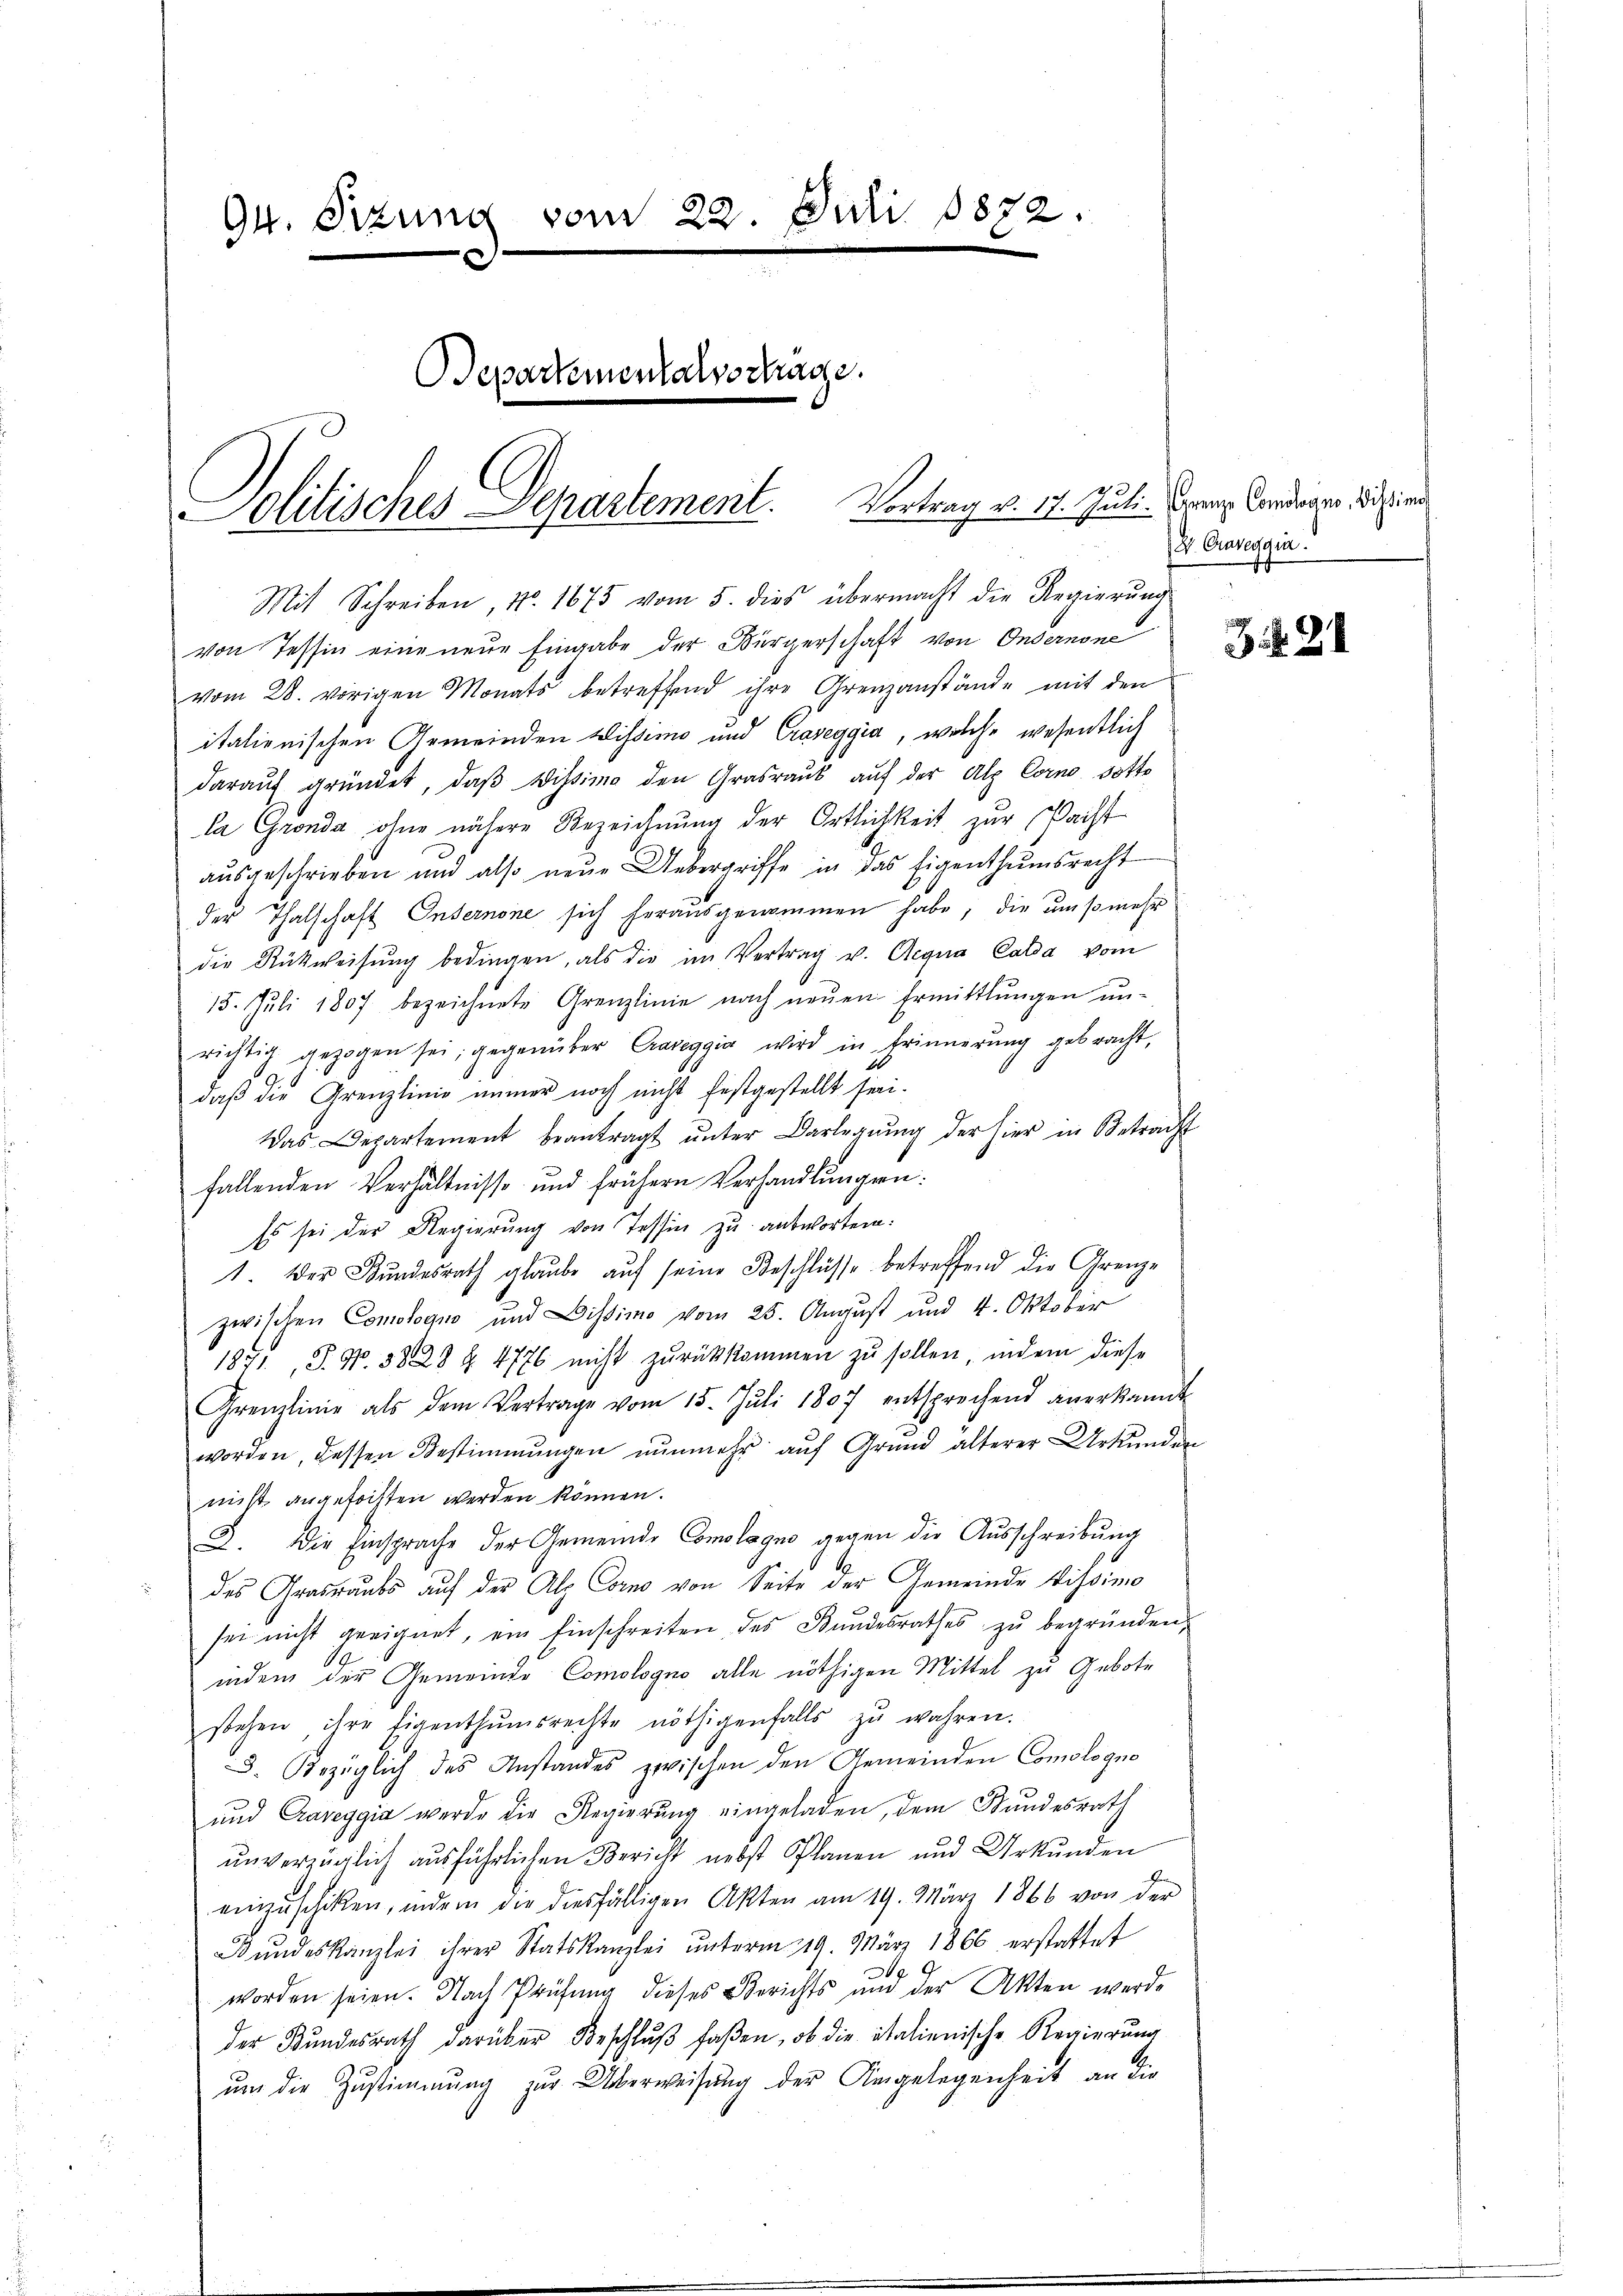
94. Sizung vom 22. Juli 1872.
Departementalsschräge.
Politisches Departement. Vortrag v. 17. Juli dann Candinger des seiner

Mit Schreiben, No. 1675 vom 5. dies übermacht die Regierŭng
von Tessin eine neue Eingabe der Bürgerschaft von Ondernone
vom 28. vorigen Monats betreffend ihre Grenzanstände mit den
italienischen Gemeinden Wissimo und Craveggia, welche wesentlich
daraŭf gründet, daβ Wissimo den Grasraŭs aŭf der Alp Corno sotto
la Gronda ohne nähere Bezeichnung der Ortlichkeit zur Pacht
ausgeschrieben und also neue Uebergriffe in das Eigenthumsrecht
der Thalschaft Internone sich herausgenommen habe, die umsomehr
die Rückweisŭng bedingen, als die im Vertrag v. Aegna Calda vom
15. Jŭli 1807 bezeichnete Grenzlinie nach neŭen Ermittlungen ŭn-
richtig gezogen sei, gegenüber Cravaggia wird in Erinnerung gebracht,
daß die Grenzlinie immer noch nicht festgestellt sei.
Das Departement beantragt ŭnter Darlegŭng der hier in Betracht
fallenden Verhältnisse und frühern Verhandlungen:
Es sei der Regierung von Tessin zu antworten:
1. Der Bŭndesrath glaŭbe aŭf seine Beschlüsse betreffend die Grenze
zwischen Comologno und Dissimo vom 25. August und 4. Oktober
195, S. Nr. 3828 Z. 4776 nicht zŭrückkommen zu sollen, indem diese
Grenzlinie als dem Vertrage vom 15. Jŭli 1807 entsprechend anerkannt
worden, dessen Bestimmungen nunmehr auf Grund älterer Urkunden
nicht angefochten werden können.
2. Die Einsprache der Gemeinde Comolagno gegen der Aŭsschreibŭng
des Grasaŭbs aŭf der Alp Corno von Seite der Gemeinde Vissimo
sei nicht geeignet, ein Einschreiten des Bundesrathes zu begründen,
indem der Gemeinde Comologno alle nöthigen Mittel zu Gebote
stehen ihre Eigenthŭmsrechte nöthigenfalls zŭ wahren.
D. Bezüglich des Anstandes zwischen den Gemeinden Comologno
und Craveggia werde die Regierung eingeladen, dem Bundesrath
unverzüglich ausführlichen Bericht nebst Planen und Urkunden
einzuschiken, indem die diesfälligen Akten am 19. März 1866 von der
Bŭndeskanzlei ihrer Statskanzlei ŭnterm 19. März 1866 erstattet
worden seien. Nach Prüfung dieses Berichts und der Akten werde
der Bundesrath darüber Beschlŭβ faßen, ob die italienische Regierung
ŭm die Zustimmung zur Überweisung der Angelegenheit an die

Dr. Graseggin.
t

J S. 28